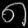
Digit: ၈